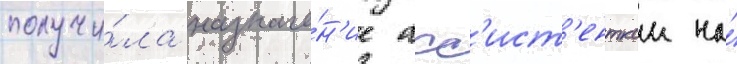
получи́ла назначе́н'ие асс'ист'енткои на́